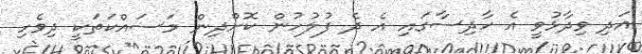
އަދި ވިދާޅުވީ އެ ހާދިސާގައި އެ ދެ ފުލުހުން ކޮށްދިން މަސައްކަތަކީ ދިވެހި